Madras plague regulations in force outside the Presidency town - Volume 6
Disease focus: Plague
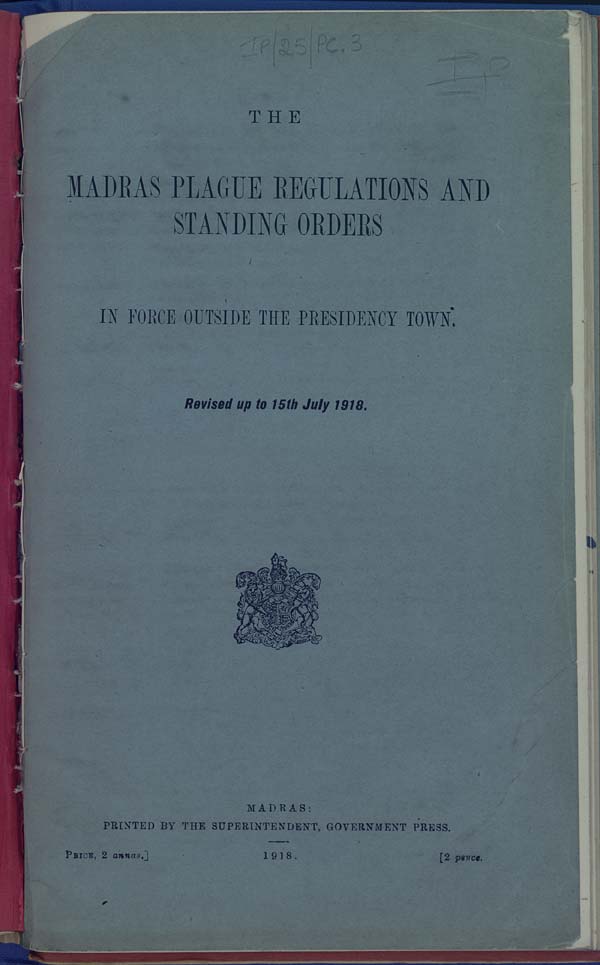
THE
MADRAS PLAGUE REGULATIONS AND
STANDING ORDERS
IN FORCE OUTSIDE THE PRESIDENCY TOWN.
Revised up to 15th July 1918.
MADRAS:
PRINTED BY THE SUPERINTENDENT, GOVERNMENT PRESS.
PRICE, 2 annas.]
1918.
[2 pence.